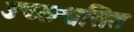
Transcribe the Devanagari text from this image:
उच्छ्श्वसित